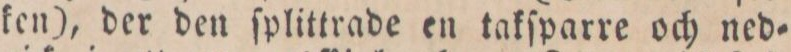
ken), der den ſplittrade en takſparre och ned=